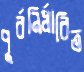
পুর্বনির্ধারিত